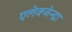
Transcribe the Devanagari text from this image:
एलेक्जेन्द्रा